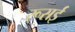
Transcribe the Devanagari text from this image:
रूसई